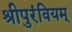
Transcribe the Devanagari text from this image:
श्रीपुरंवियम्